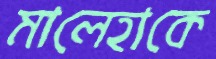
মালেহাকে